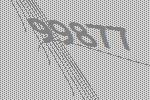
99877